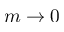
m \to 0